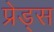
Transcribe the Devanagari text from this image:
प्रेड्स